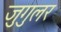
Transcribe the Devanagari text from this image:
जुगुलर